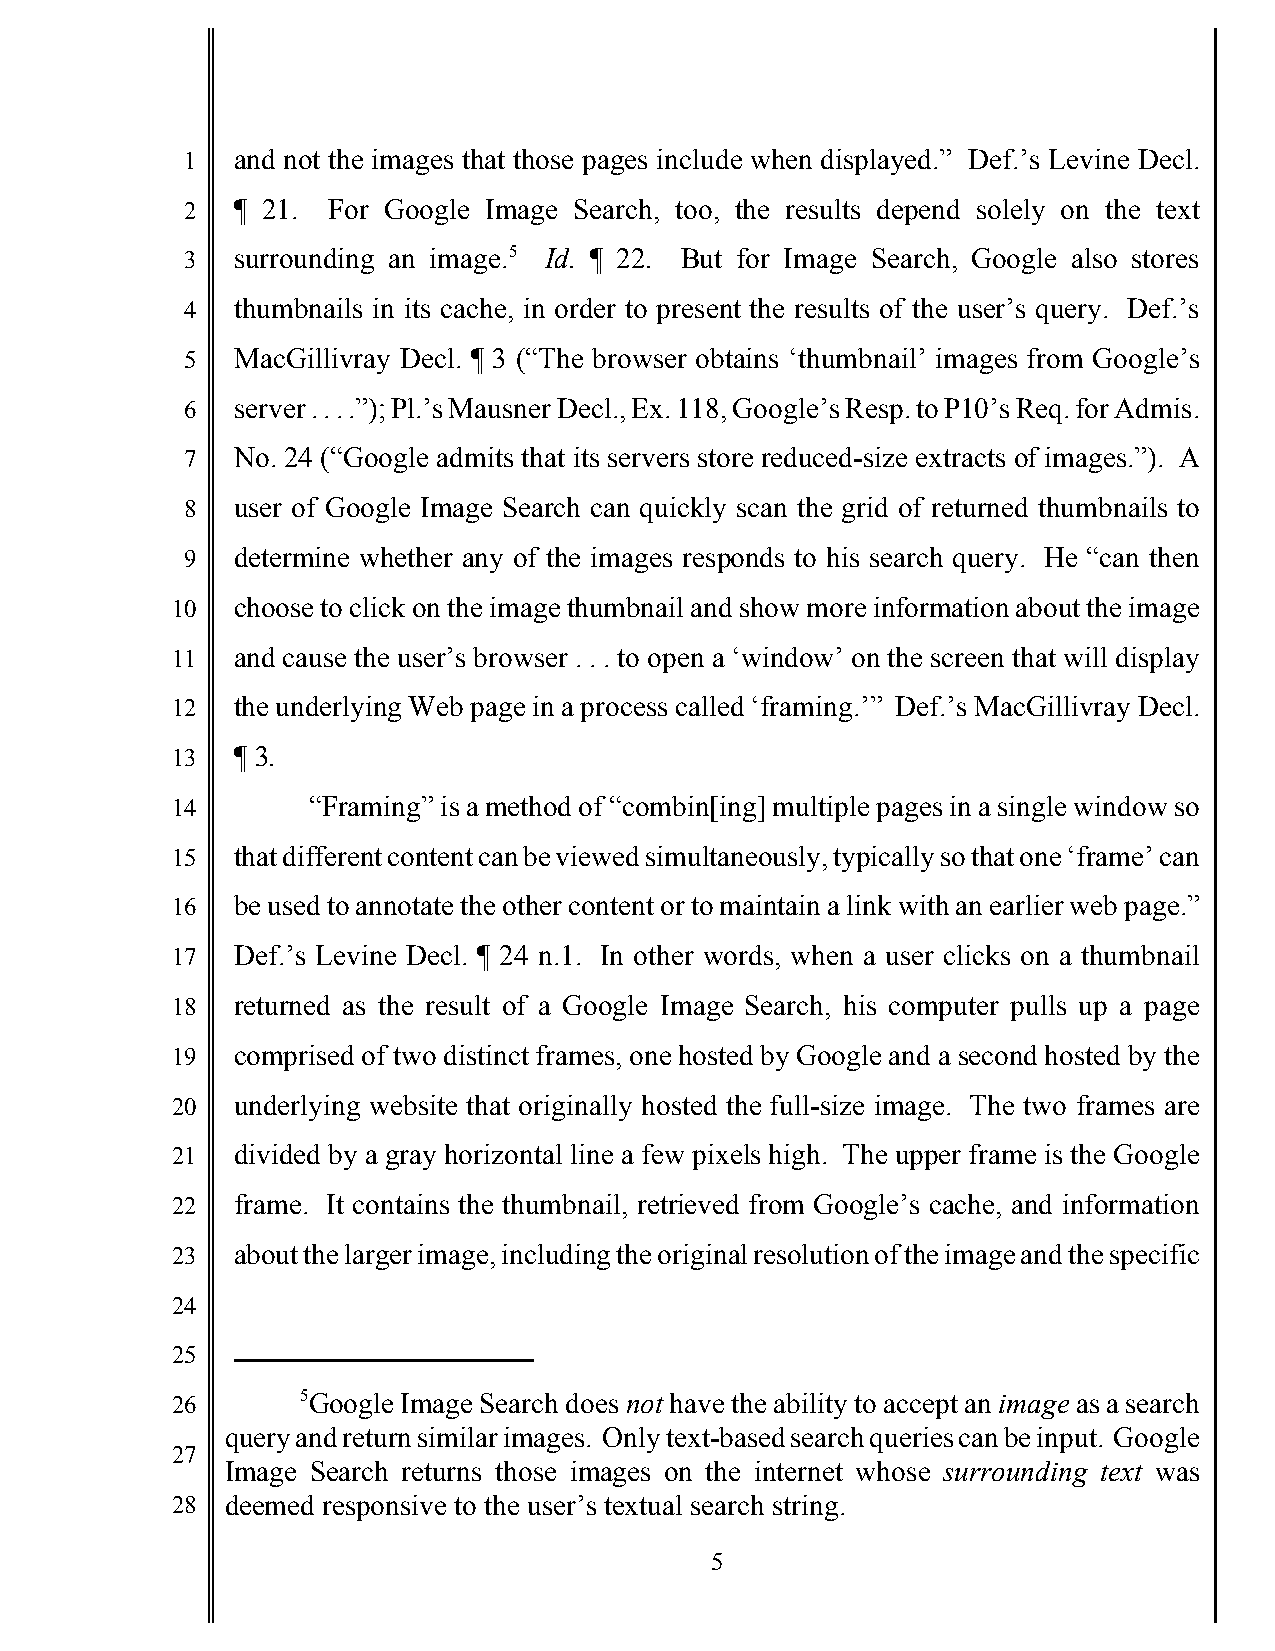
1   and not the images that those pages include when displayed.” Def.’s Levine Decl.
 2   ¶ 21. For Google Image Search, too, the results depend solely on the text
 3   surrounding an image.5 Id. ¶ 22. But for Image Search, Google also stores
 4   thumbnails in its cache, in order to present the results of the user’s query. Def.’s
 5   MacGillivray Decl. ¶ 3 (“The browser obtains ‘thumbnail’ images from Google’s
 6   server . . . .”); Pl.’s Mausner Decl., Ex. 118, Google’s Resp. to P10’s Req. for Admis.
 7   No. 24 (“Google admits that its servers store reduced-size extracts of images.”). A
 8   user of Google Image Search can quickly scan the grid of returned thumbnails to
 9   determine whether any of the images responds to his search query. He “can then
 10   choose to click on the image thumbnail and show more information about the image
 11   and cause the user’s browser . . . to open a ‘window’ on the screen that will display
 12   the underlying Web page in a process called ‘framing.’” Def.’s MacGillivray Decl.
 13   ¶ 3.
 14       “Framing” is a method of “combin[ing] multiple pages in a single window so
 15   that different content can be viewed simultaneously, typically so that one ‘frame’ can
 16   be used to annotate the other content or to maintain a link with an earlier web page.”
 17   Def.’s Levine Decl. ¶ 24 n.1. In other words, when a user clicks on a thumbnail
 18   returned as the result of a Google Image Search, his computer pulls up a page
 19   comprised of two distinct frames, one hosted by Google and a second hosted by the
 20   underlying website that originally hosted the full-size image. The two frames are
 21   divided by a gray horizontal line a few pixels high. The upper frame is the Google
 22   frame. It contains the thumbnail, retrieved from Google’s cache, and information
 23   about the larger image, including the original resolution of the image and the specific
 24
 25
 26       5Google Image Search does not have the ability to accept an image as a search
 query and return similar images. Only text-based search queries can be input. Google
 27
 Image Search returns those images on the internet whose surrounding text was
 28  deemed responsive to the user’s textual search string.
 5